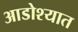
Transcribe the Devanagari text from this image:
आडोश्यात